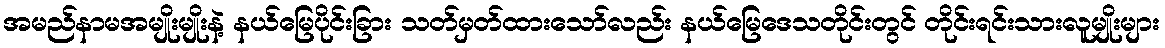
အမည်နာမအမျိုးမျိုးနဲ့ နယ်မြေပိုင်းခြား သတ်မှတ်ထားသော်လည်း နယ်မြေဒေသတိုင်းတွင် တိုင်းရင်းသားလူမျိုးများ